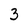
Character: 3